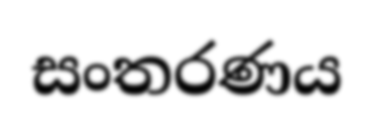
සංතරණය